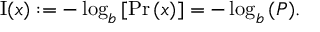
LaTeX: \operatorname { I } ( x ) : = - \log _ { b } { \left[ \operatorname* { P r } { \left( x \right) } \right] } = - \log _ { b } { \left( P \right) } .